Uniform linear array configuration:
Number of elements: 12
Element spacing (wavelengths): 0.5
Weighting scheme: blackman
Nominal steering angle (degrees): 0
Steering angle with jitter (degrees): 0.3165
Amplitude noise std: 0.05
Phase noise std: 0.05

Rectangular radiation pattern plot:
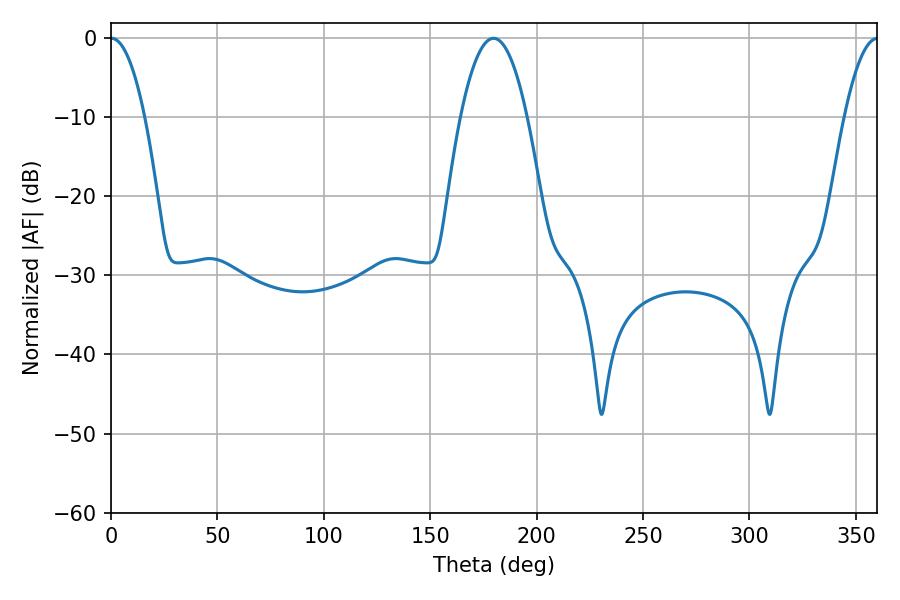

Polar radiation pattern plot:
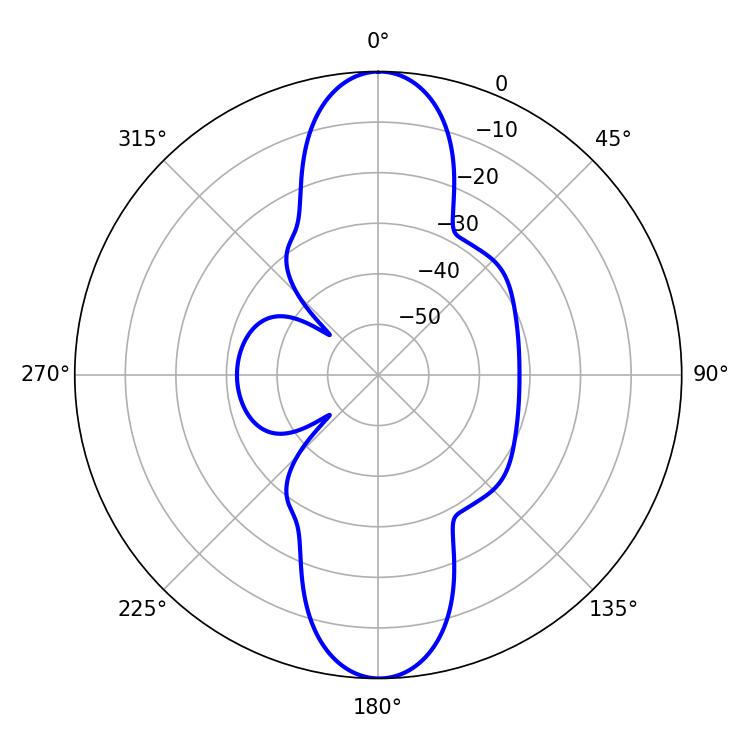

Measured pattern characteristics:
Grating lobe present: FALSE
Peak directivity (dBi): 28.548
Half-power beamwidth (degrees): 8.82
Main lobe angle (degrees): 0.18